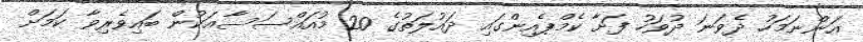
އަންނަމަހު ދެވަނަ ދުވަހު ފަށާ ކެމްޕެއިންގައި ދައުލަތުގެ 20 މުއައްސަސާއަކުން ބައިވެރިވާ ކަމަށް